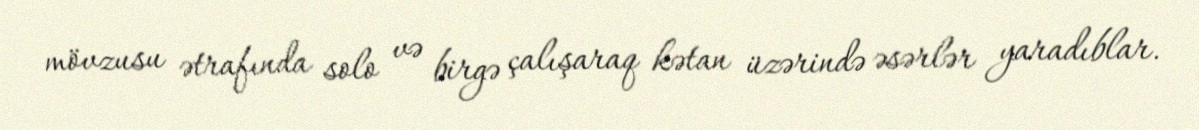
mövzusu ətrafında solo və birgə çalışaraq kətan üzərində əsərlər yaradıblar.